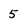
Character: 5